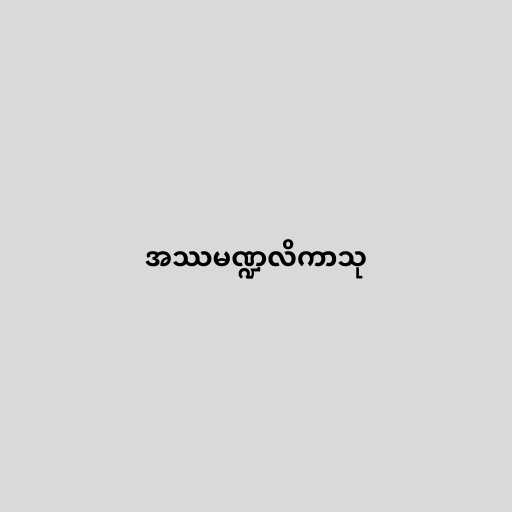
အဿမဏ္ဍလိကာသု